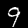
Digit: 9